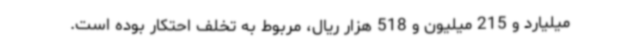
میلیارد و 215 میلیون و 518 هزار ریال، مربوط به تخلف احتکار بوده است.